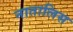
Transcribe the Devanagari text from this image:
नातालिस